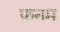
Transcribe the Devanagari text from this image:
फ़नम